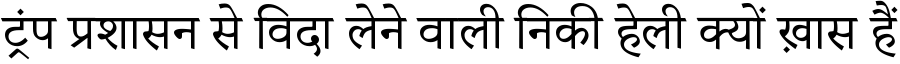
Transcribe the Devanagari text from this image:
ट्रंप प्रशासन से विदा लेने वाली निकी हेली क्यों ख़ास हैं